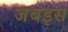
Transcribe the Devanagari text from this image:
जबइस